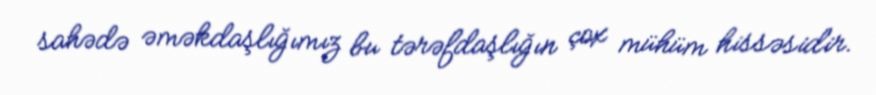
sahədə əməkdaşlığımız bu tərəfdaşlığın çox mühüm hissəsidir.